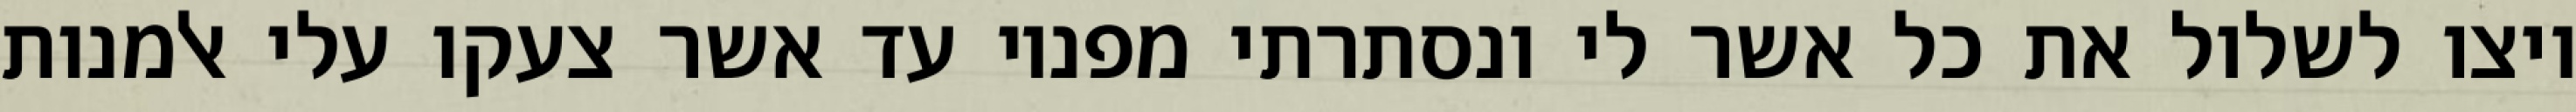
ויצו לשלול את כל אשר לי ונסתרתי מפניו עד אשר צעקו עלי אלמנות